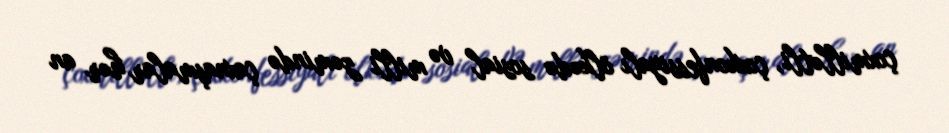
çoxmillətli, çoxkonfessiyalı ölkədə sosial və milli zəmində çaxnaşmalar hər an